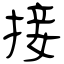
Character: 接